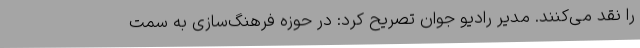
را نقد می‌کنند. مدیر رادیو جوان تصریح کرد: در حوزه فرهنگ‌سازی به سمت